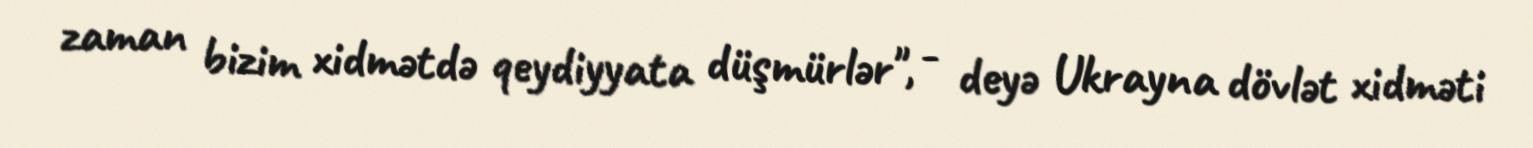
zaman bizim xidmətdə qeydiyyata düşmürlər", - deyə Ukrayna dövlət xidməti